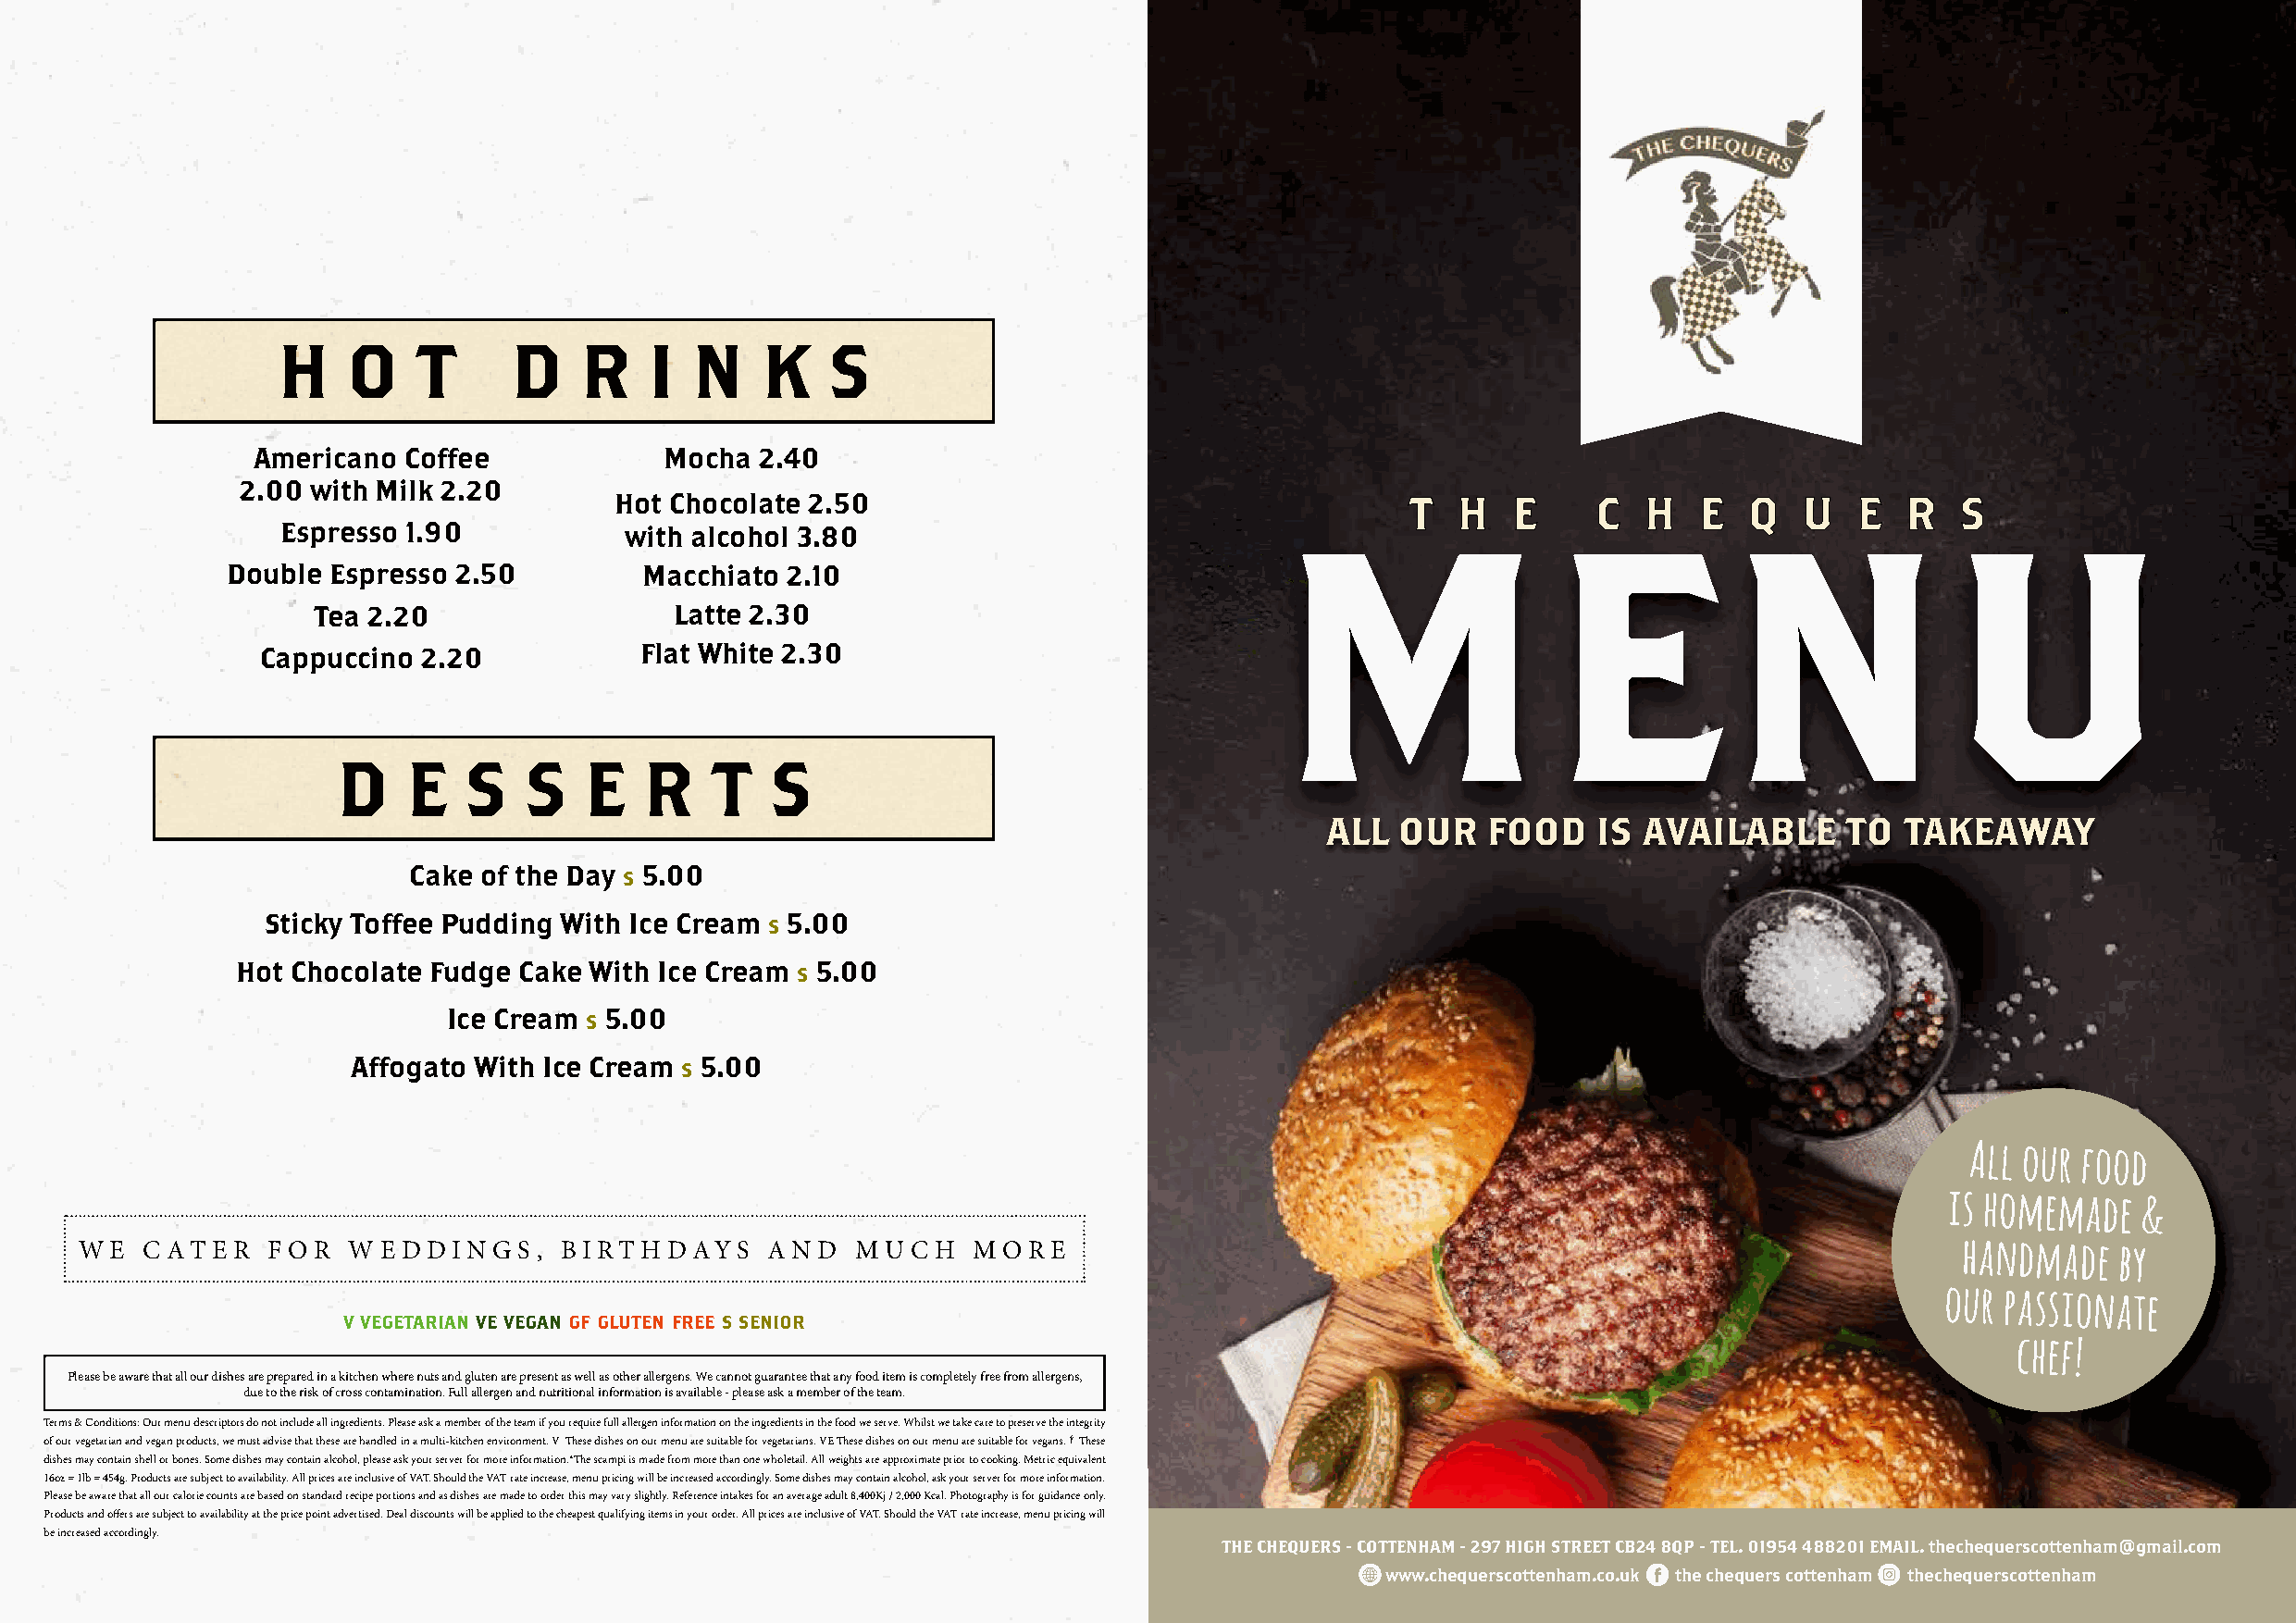
H    O    T      D   R    I  N    K    S
 Americano  Coffee            Mocha  2.40
 2.00 with Milk 2.20
 Hot Chocolate 2.50                                       T  H   E     C   H   E  Q   U   E  R   S
 Espresso 1.90            with alcohol 3.80                             MENU
 Double  Espresso 2.50         Macchiato 2.10
 Tea 2.20                  Latte 2.30
 Cappuccino 2.20            Flat White 2.30
 D    E   S    S   E   R    T   S
 ALL  OUR   FOOD    IS AVAILABLE      TO  TAKEAWAY
 Cake of the Day  5.00
 s
 Sticky Toffee Pudding With Ice Cream 5.00
 s
 Hot Chocolate Fudge Cake With Ice Cream  5.00
 s
 Ice Cream  5.00
 s
 Affogato With Ice Cream  5.00
 s
 All our food
 is homemade
 &
 W E C AT E R F O R W E D D I N G S , B I RT H DAYS A N D M U C H M O R E                                                              handmade   by
 our passionate
 v vegetarian ve vegan gf gluten free s senior
 chef!
 Please be aware that all our dishes are prepared in a kitchen where nuts and gluten are present as well as other allergens. We cannot guarantee that any food item is completely free from allergens,
 due to the risk of cross contamination. Full allergen and nutritional information is available - please ask a member of the team.
 Terms & Conditions: Our menu descriptors do not include all ingredients. Please ask a member of the team if you require full allergen information on the ingredients in the food we serve. Whilst we take care to preserve the integrity
 of our vegetarian and vegan products, we must advise that these are handled in a multi-kitchen environment. V These dishes on our menu are suitable for vegetarians. VE These dishes on our menu are suitable for vegans. † These
 dishes may contain shell or bones. Some dishes may contain alcohol, please ask your server for more information.*The scampi is made from more than one wholetail. All weights are approximate prior to cooking. Metric equivalent
 16oz = 1lb = 454g. Products are subject to availability. All prices are inclusive of VAT. Should the VAT rate increase, menu pricing will be increased accordingly. Some dishes may contain alcohol, ask your server for more information.
 Please be aware that all our calorie counts are based on standard recipe portions and as dishes are made to order this may vary slightly. Reference intakes for an average adult 8,400Kj / 2,000 Kcal. Photography is for guidance only.
 Products and offers are subject to availability at the price point advertised. Deal discounts will be applied to the cheapest qualifying items in your order. All prices are inclusive of VAT. Should the VAT rate increase, menu pricing will
 be increased accordingly.
 THE CHEQUERS - COTTENHAM - 297 HIGH STREET CB24 8QP - TEL. 01954 488201 EMAIL. thechequerscottenham@gmail.com
 www.chequerscottenham.co.uk the chequers cottenham thechequerscottenham